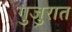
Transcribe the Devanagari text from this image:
गुजुरात